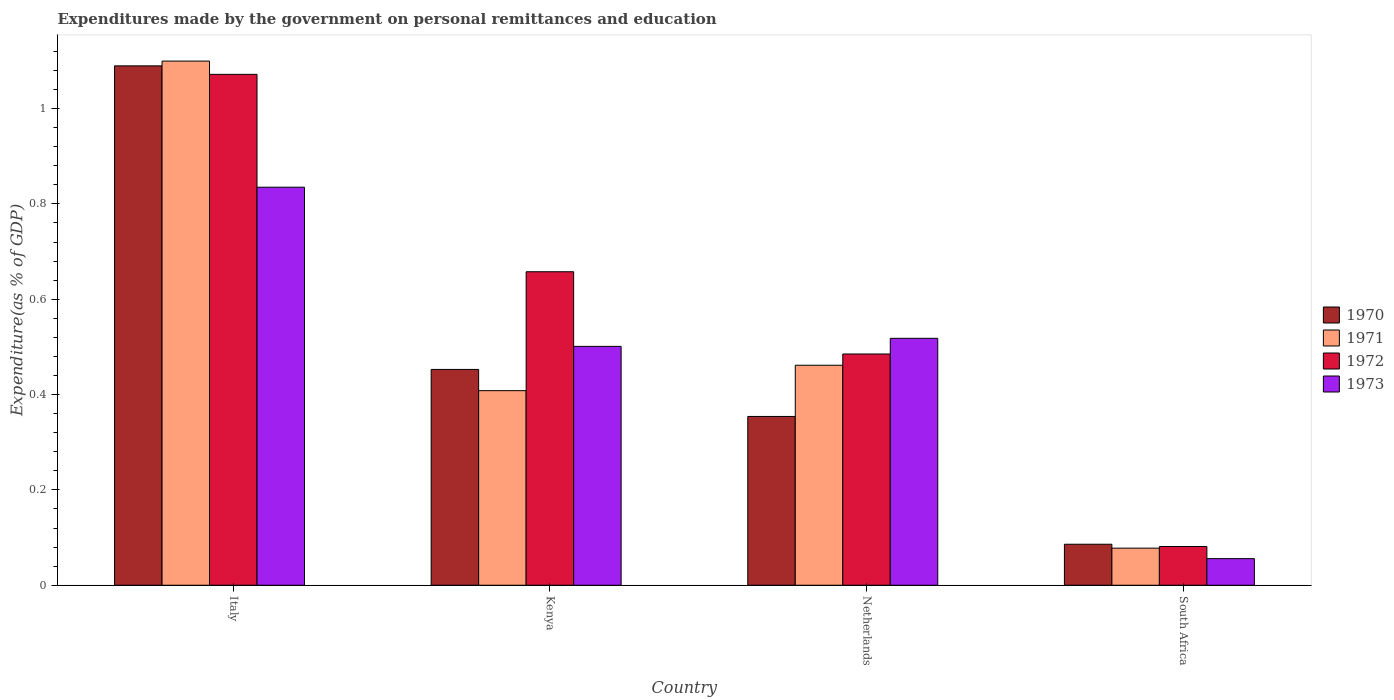
| Country | 1970 | 1971 | 1972 | 1973 |
 | --- | --- | --- | --- | --- |
 | Italy | 1.09 | 1.1 | 1.07 | 0.835 |
 | Kenya | 0.453 | 0.408 | 0.658 | 0.501 |
 | Netherlands | 0.354 | 0.462 | 0.485 | 0.518 |
 | South Africa | 0.086 | 0.0778 | 0.0813 | 0.0558 |